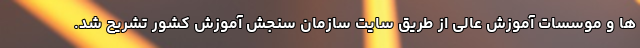
ها و موسسات آموزش عالی از طریق سایت سازمان سنجش آموزش کشور تشریح شد.